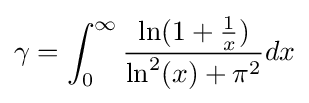
\gamma =\int _{0}^{\infty }{\frac {\ln(1+{\frac {1}{x}})}{\ln ^{2}(x)+\pi ^{2}}}dx